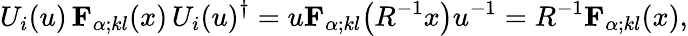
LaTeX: U_{i}(u)\, {\mathbf{F}}_{\alpha;kl}(x)\, U_{i}(u)^{\dagger}=u{\mathbf{F}}_{\alpha;kl}\bigl(R^{-1}x\bigr)u^{-1}=R^{-1}{\mathbf{F}}_{\alpha;kl}(x),